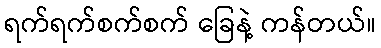
ရက်ရက်စက်စက် ခြေနဲ့ ကန်တယ်။